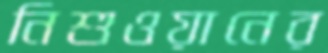
নিশুওয়ানের